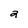
Character: 2